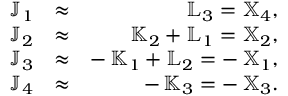
\begin{array} { r l r } { { \mathbb J } _ { 1 } } & { \approx } & { { \mathbb L } _ { 3 } = { \mathbb X } _ { 4 } , } \\ { { \mathbb J } _ { 2 } } & { \approx } & { { \mathbb K } _ { 2 } + { \mathbb L } _ { 1 } = { \mathbb X } _ { 2 } , } \\ { { \mathbb J } _ { 3 } } & { \approx } & { - \, { \mathbb K } _ { 1 } + { \mathbb L } _ { 2 } = - \, { \mathbb X } _ { 1 } , } \\ { { \mathbb J } _ { 4 } } & { \approx } & { - \, { \mathbb K } _ { 3 } = - \, { \mathbb X } _ { 3 } . } \end{array}